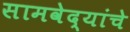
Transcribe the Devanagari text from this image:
सामवेद्यांचे